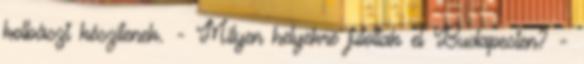
kolbászt készítenek. - Milyen helyekre jutottak el Budapesten? -